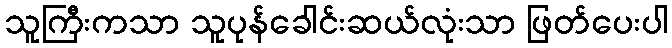
သူကြီးကသာ သူပုန်ခေါင်းဆယ်လုံးသာ ဖြတ်ပေးပါ